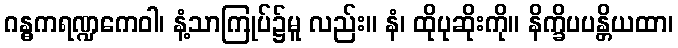
ဂန္ဓကရဏ္ဍကေဝါ၊ နံ့သာကြုပ်၌မူ လည်း။ နံ၊ ထိုပုဆိုးကို။ နိက္ခိပပန္တိယထာ၊